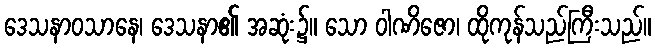
ဒေသနာဝသာနေ၊ ဒေသနာ၏ အဆုံး၌။ သော ဝါဏိဇော၊ ထိုကုန်သည်ကြီးသည်။